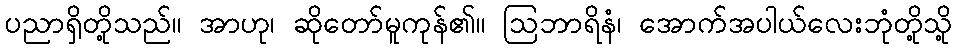
ပညာရှိတို့သည်။ အာဟု၊ ဆိုတော်မူကုန်၏။ ဩဘာရိနံ၊ အောက်အပါယ်လေးဘုံတို့သို့